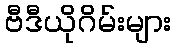
ဗီဒီယိုဂိမ်းများ